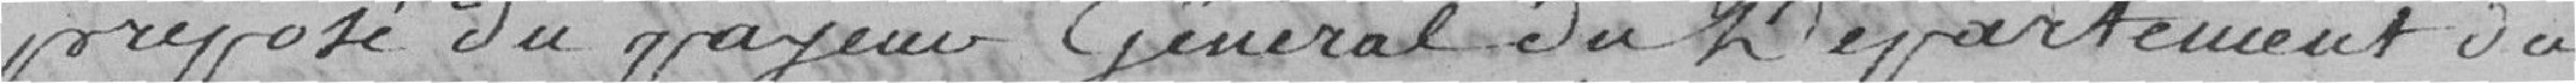
préposé du payeur général du Département du